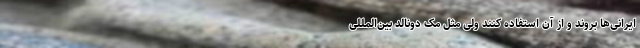
ایرانی‌ها بروند و از آن استفاده کنند ولی مثل مک دونالد بین‌المللی